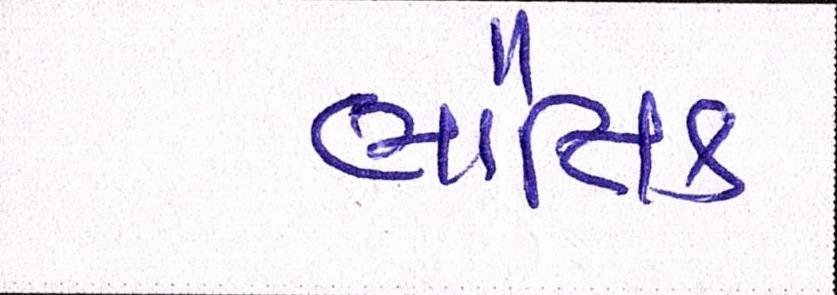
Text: ભૌતિક